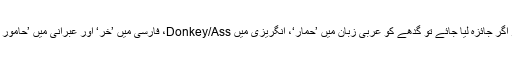
لسانی و ادبی سطح پر اگر جائزہ لیا جائے تو گدھے کو عربی زبان میں ’حمار‘، انگریزی میں Donkey/Ass، فارسی میں ’خَر‘ اور عبرانی میں ’حامور یا حمور‘ کہاجاتا ہے۔